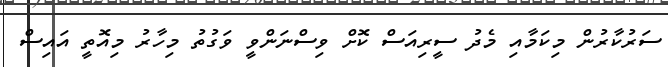
ސަރުކާރުން މިކަމާއި މެދު ސީރިއަސް ކޮށް ވިސްނަންވީ ވަގުތު މިހާރު މިއޮތީ އައިސް